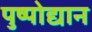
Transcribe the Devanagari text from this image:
पुष्पोद्यान